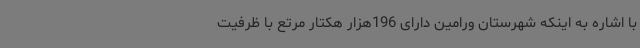
با اشاره به اینکه شهرستان ورامین دارای 196هزار هکتار مرتع با ظرفیت